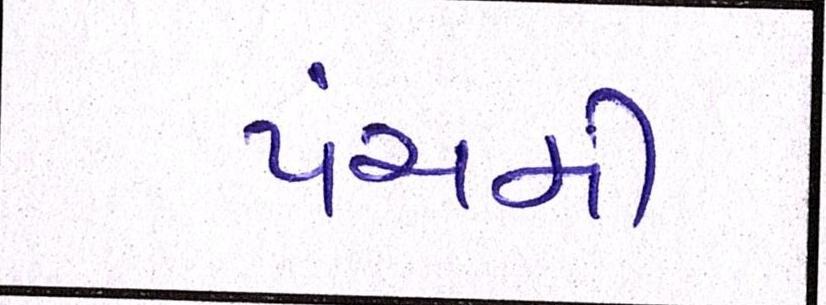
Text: પંચમી